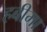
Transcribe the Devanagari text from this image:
हबीमा